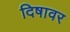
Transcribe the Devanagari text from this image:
दिषावर